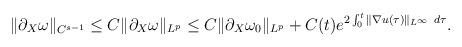
LaTeX: \begin{align*}\|\partial_X\omega\|_{C^{s-1}}\leq C \|\partial_X\omega\|_{L^p}\leq C\|\partial_X\omega_0\|_{L^p}+C(t)e^{2\int_{0}^{t}\|\nabla u(\tau)\|_{L^\infty}~d\tau}.\end{align*}